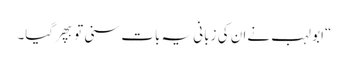
“ابو لہب نےان کی زبانی یہ بات سنی توبپھرگیا۔